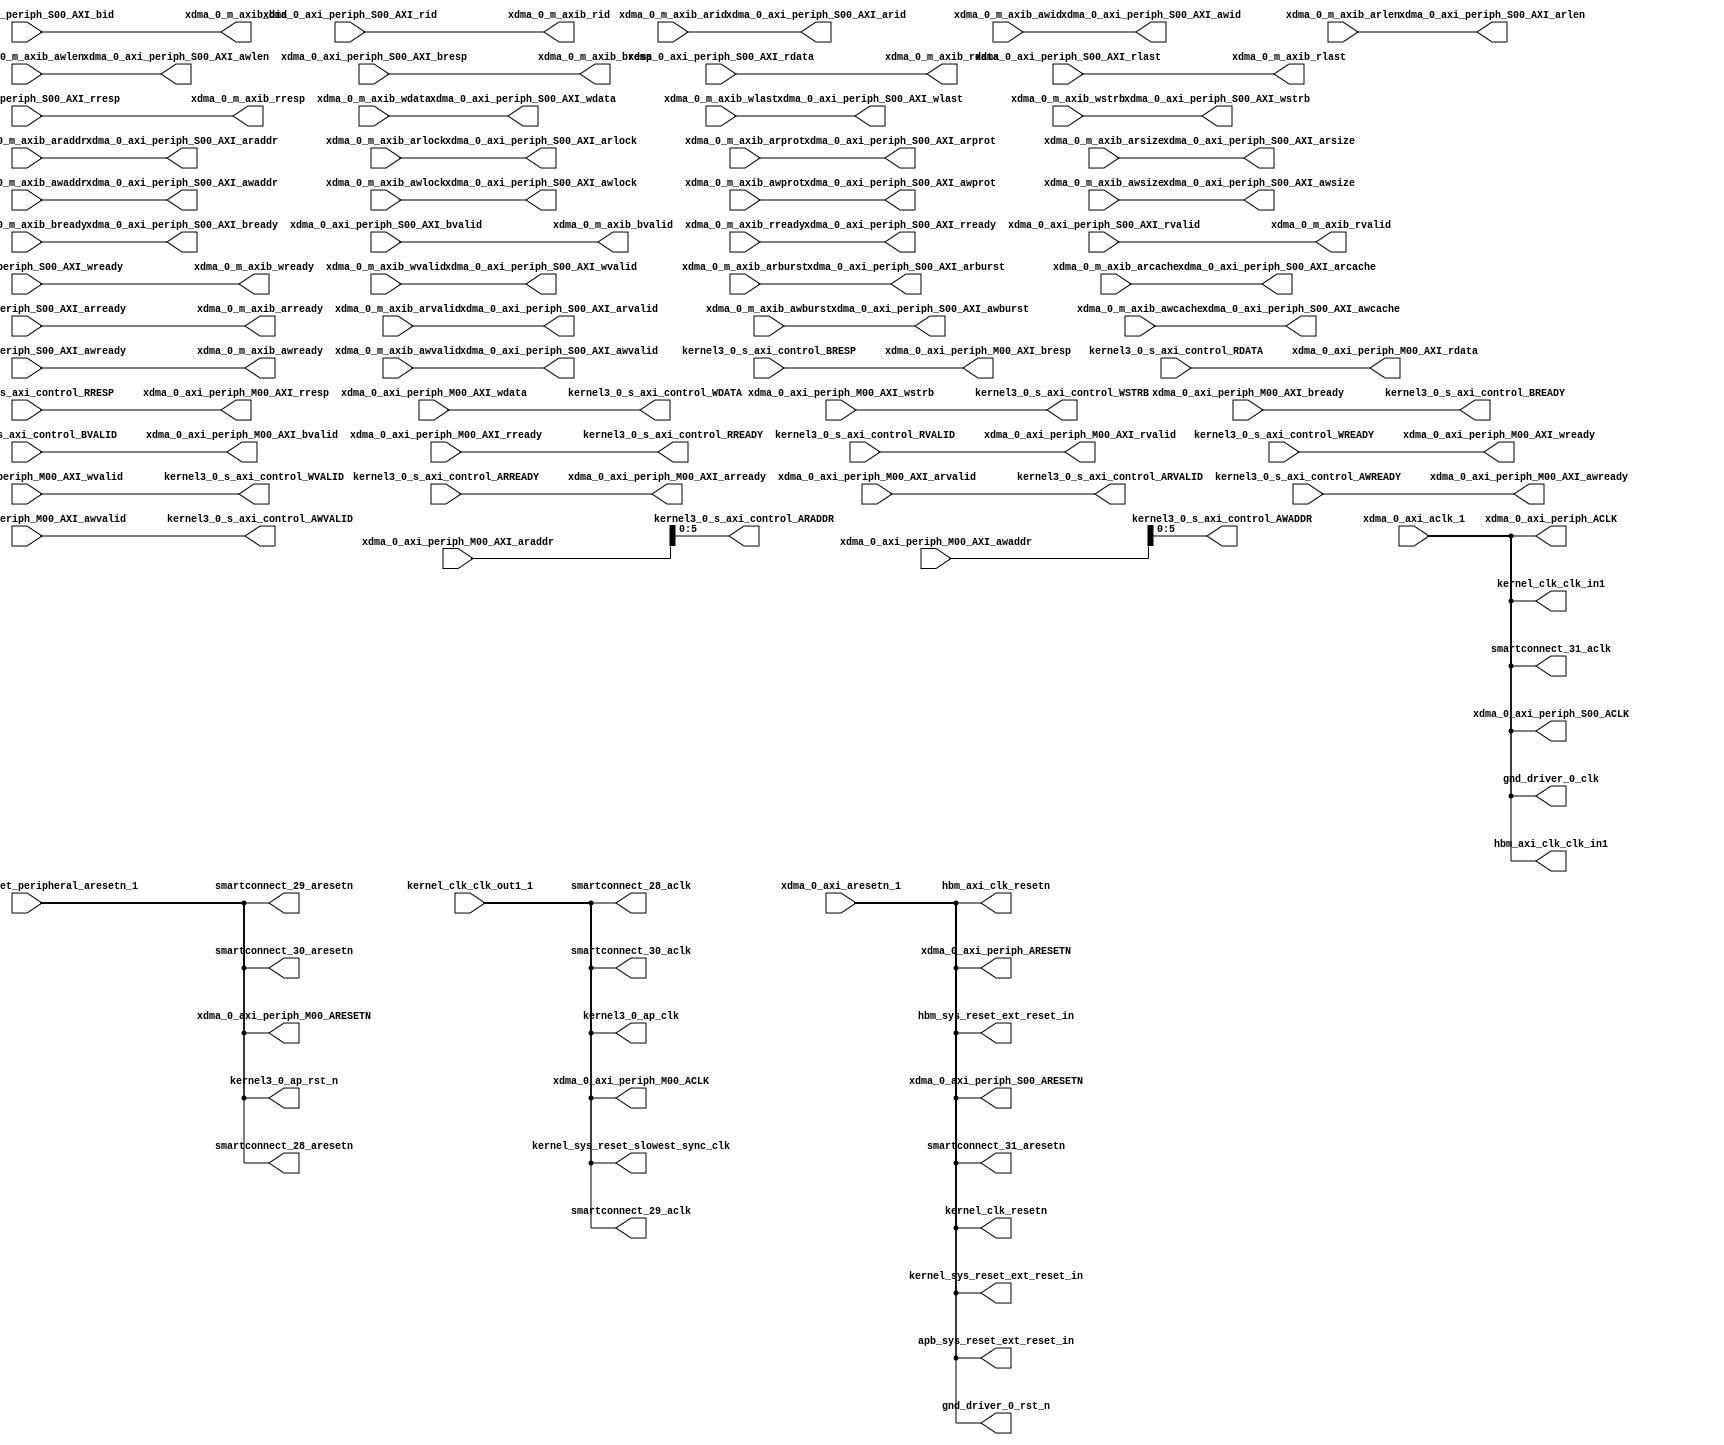
// ==================================================
// RTL generated by RapidStream
//
// Copyright 2024 RapidStream Design Automation, Inc.
// All Rights Reserved.
// ==================================================
`timescale 1 ns / 1 ps
module __rs_design_1_aux_split_aux_1 (
    output wire        apb_sys_reset_ext_reset_in,
    output wire        gnd_driver_0_clk,
    output wire        gnd_driver_0_rst_n,
    output wire        hbm_axi_clk_clk_in1,
    output wire        hbm_axi_clk_resetn,
    output wire        hbm_sys_reset_ext_reset_in,
    output wire        kernel3_0_ap_clk,
    output wire        kernel3_0_ap_rst_n,
    output wire [ 5:0] kernel3_0_s_axi_control_ARADDR,
    input wire         kernel3_0_s_axi_control_ARREADY,
    output wire        kernel3_0_s_axi_control_ARVALID,
    output wire [ 5:0] kernel3_0_s_axi_control_AWADDR,
    input wire         kernel3_0_s_axi_control_AWREADY,
    output wire        kernel3_0_s_axi_control_AWVALID,
    output wire        kernel3_0_s_axi_control_BREADY,
    input wire  [ 1:0] kernel3_0_s_axi_control_BRESP,
    input wire         kernel3_0_s_axi_control_BVALID,
    input wire  [31:0] kernel3_0_s_axi_control_RDATA,
    output wire        kernel3_0_s_axi_control_RREADY,
    input wire  [ 1:0] kernel3_0_s_axi_control_RRESP,
    input wire         kernel3_0_s_axi_control_RVALID,
    output wire [31:0] kernel3_0_s_axi_control_WDATA,
    input wire         kernel3_0_s_axi_control_WREADY,
    output wire [ 3:0] kernel3_0_s_axi_control_WSTRB,
    output wire        kernel3_0_s_axi_control_WVALID,
    output wire        kernel_clk_clk_in1,
    input wire         kernel_clk_clk_out1_1,
    output wire        kernel_clk_resetn,
    output wire        kernel_sys_reset_ext_reset_in,
    input wire  [ 0:0] kernel_sys_reset_peripheral_aresetn_1,
    output wire        kernel_sys_reset_slowest_sync_clk,
    output wire        smartconnect_28_aclk,
    output wire        smartconnect_28_aresetn,
    output wire        smartconnect_29_aclk,
    output wire        smartconnect_29_aresetn,
    output wire        smartconnect_30_aclk,
    output wire        smartconnect_30_aresetn,
    output wire        smartconnect_31_aclk,
    output wire        smartconnect_31_aresetn,
    input wire         xdma_0_axi_aclk_1,
    input wire         xdma_0_axi_aresetn_1,
    output wire        xdma_0_axi_periph_ACLK,
    output wire        xdma_0_axi_periph_ARESETN,
    output wire        xdma_0_axi_periph_M00_ACLK,
    output wire        xdma_0_axi_periph_M00_ARESETN,
    input wire  [63:0] xdma_0_axi_periph_M00_AXI_araddr,
    output wire        xdma_0_axi_periph_M00_AXI_arready,
    input wire         xdma_0_axi_periph_M00_AXI_arvalid,
    input wire  [63:0] xdma_0_axi_periph_M00_AXI_awaddr,
    output wire        xdma_0_axi_periph_M00_AXI_awready,
    input wire         xdma_0_axi_periph_M00_AXI_awvalid,
    input wire         xdma_0_axi_periph_M00_AXI_bready,
    output wire [ 1:0] xdma_0_axi_periph_M00_AXI_bresp,
    output wire        xdma_0_axi_periph_M00_AXI_bvalid,
    output wire [31:0] xdma_0_axi_periph_M00_AXI_rdata,
    input wire         xdma_0_axi_periph_M00_AXI_rready,
    output wire [ 1:0] xdma_0_axi_periph_M00_AXI_rresp,
    output wire        xdma_0_axi_periph_M00_AXI_rvalid,
    input wire  [31:0] xdma_0_axi_periph_M00_AXI_wdata,
    output wire        xdma_0_axi_periph_M00_AXI_wready,
    input wire  [ 3:0] xdma_0_axi_periph_M00_AXI_wstrb,
    input wire         xdma_0_axi_periph_M00_AXI_wvalid,
    output wire        xdma_0_axi_periph_S00_ACLK,
    output wire        xdma_0_axi_periph_S00_ARESETN,
    output wire [63:0] xdma_0_axi_periph_S00_AXI_araddr,
    output wire [ 1:0] xdma_0_axi_periph_S00_AXI_arburst,
    output wire [ 3:0] xdma_0_axi_periph_S00_AXI_arcache,
    output wire [ 3:0] xdma_0_axi_periph_S00_AXI_arid,
    output wire [ 7:0] xdma_0_axi_periph_S00_AXI_arlen,
    output wire [ 0:0] xdma_0_axi_periph_S00_AXI_arlock,
    output wire [ 2:0] xdma_0_axi_periph_S00_AXI_arprot,
    input wire         xdma_0_axi_periph_S00_AXI_arready,
    output wire [ 2:0] xdma_0_axi_periph_S00_AXI_arsize,
    output wire        xdma_0_axi_periph_S00_AXI_arvalid,
    output wire [63:0] xdma_0_axi_periph_S00_AXI_awaddr,
    output wire [ 1:0] xdma_0_axi_periph_S00_AXI_awburst,
    output wire [ 3:0] xdma_0_axi_periph_S00_AXI_awcache,
    output wire [ 3:0] xdma_0_axi_periph_S00_AXI_awid,
    output wire [ 7:0] xdma_0_axi_periph_S00_AXI_awlen,
    output wire [ 0:0] xdma_0_axi_periph_S00_AXI_awlock,
    output wire [ 2:0] xdma_0_axi_periph_S00_AXI_awprot,
    input wire         xdma_0_axi_periph_S00_AXI_awready,
    output wire [ 2:0] xdma_0_axi_periph_S00_AXI_awsize,
    output wire        xdma_0_axi_periph_S00_AXI_awvalid,
    input wire  [ 3:0] xdma_0_axi_periph_S00_AXI_bid,
    output wire        xdma_0_axi_periph_S00_AXI_bready,
    input wire  [ 1:0] xdma_0_axi_periph_S00_AXI_bresp,
    input wire         xdma_0_axi_periph_S00_AXI_bvalid,
    input wire  [63:0] xdma_0_axi_periph_S00_AXI_rdata,
    input wire  [ 3:0] xdma_0_axi_periph_S00_AXI_rid,
    input wire         xdma_0_axi_periph_S00_AXI_rlast,
    output wire        xdma_0_axi_periph_S00_AXI_rready,
    input wire  [ 1:0] xdma_0_axi_periph_S00_AXI_rresp,
    input wire         xdma_0_axi_periph_S00_AXI_rvalid,
    output wire [63:0] xdma_0_axi_periph_S00_AXI_wdata,
    output wire        xdma_0_axi_periph_S00_AXI_wlast,
    input wire         xdma_0_axi_periph_S00_AXI_wready,
    output wire [ 7:0] xdma_0_axi_periph_S00_AXI_wstrb,
    output wire        xdma_0_axi_periph_S00_AXI_wvalid,
    input wire  [63:0] xdma_0_m_axib_araddr,
    input wire  [ 1:0] xdma_0_m_axib_arburst,
    input wire  [ 3:0] xdma_0_m_axib_arcache,
    input wire  [ 3:0] xdma_0_m_axib_arid,
    input wire  [ 7:0] xdma_0_m_axib_arlen,
    input wire         xdma_0_m_axib_arlock,
    input wire  [ 2:0] xdma_0_m_axib_arprot,
    output wire        xdma_0_m_axib_arready,
    input wire  [ 2:0] xdma_0_m_axib_arsize,
    input wire         xdma_0_m_axib_arvalid,
    input wire  [63:0] xdma_0_m_axib_awaddr,
    input wire  [ 1:0] xdma_0_m_axib_awburst,
    input wire  [ 3:0] xdma_0_m_axib_awcache,
    input wire  [ 3:0] xdma_0_m_axib_awid,
    input wire  [ 7:0] xdma_0_m_axib_awlen,
    input wire         xdma_0_m_axib_awlock,
    input wire  [ 2:0] xdma_0_m_axib_awprot,
    output wire        xdma_0_m_axib_awready,
    input wire  [ 2:0] xdma_0_m_axib_awsize,
    input wire         xdma_0_m_axib_awvalid,
    output wire [ 3:0] xdma_0_m_axib_bid,
    input wire         xdma_0_m_axib_bready,
    output wire [ 1:0] xdma_0_m_axib_bresp,
    output wire        xdma_0_m_axib_bvalid,
    output wire [63:0] xdma_0_m_axib_rdata,
    output wire [ 3:0] xdma_0_m_axib_rid,
    output wire        xdma_0_m_axib_rlast,
    input wire         xdma_0_m_axib_rready,
    output wire [ 1:0] xdma_0_m_axib_rresp,
    output wire        xdma_0_m_axib_rvalid,
    input wire  [63:0] xdma_0_m_axib_wdata,
    input wire         xdma_0_m_axib_wlast,
    output wire        xdma_0_m_axib_wready,
    input wire  [ 7:0] xdma_0_m_axib_wstrb,
    input wire         xdma_0_m_axib_wvalid
);
assign apb_sys_reset_ext_reset_in = xdma_0_axi_aresetn_1;
assign gnd_driver_0_clk = xdma_0_axi_aclk_1;
assign gnd_driver_0_rst_n = xdma_0_axi_aresetn_1;
assign hbm_axi_clk_clk_in1 = xdma_0_axi_aclk_1;
assign hbm_axi_clk_resetn = xdma_0_axi_aresetn_1;
assign hbm_sys_reset_ext_reset_in = xdma_0_axi_aresetn_1;
assign kernel3_0_ap_clk = kernel_clk_clk_out1_1;
assign kernel3_0_ap_rst_n = kernel_sys_reset_peripheral_aresetn_1;
assign kernel3_0_s_axi_control_ARADDR = xdma_0_axi_periph_M00_AXI_araddr;
assign kernel3_0_s_axi_control_ARVALID = xdma_0_axi_periph_M00_AXI_arvalid;
assign kernel3_0_s_axi_control_AWADDR = xdma_0_axi_periph_M00_AXI_awaddr;
assign kernel3_0_s_axi_control_AWVALID = xdma_0_axi_periph_M00_AXI_awvalid;
assign kernel3_0_s_axi_control_BREADY = xdma_0_axi_periph_M00_AXI_bready;
assign kernel3_0_s_axi_control_RREADY = xdma_0_axi_periph_M00_AXI_rready;
assign kernel3_0_s_axi_control_WDATA = xdma_0_axi_periph_M00_AXI_wdata;
assign kernel3_0_s_axi_control_WSTRB = xdma_0_axi_periph_M00_AXI_wstrb;
assign kernel3_0_s_axi_control_WVALID = xdma_0_axi_periph_M00_AXI_wvalid;
assign kernel_clk_clk_in1 = xdma_0_axi_aclk_1;
assign kernel_clk_resetn = xdma_0_axi_aresetn_1;
assign kernel_sys_reset_ext_reset_in = xdma_0_axi_aresetn_1;
assign kernel_sys_reset_slowest_sync_clk = kernel_clk_clk_out1_1;
assign smartconnect_28_aclk = kernel_clk_clk_out1_1;
assign smartconnect_28_aresetn = kernel_sys_reset_peripheral_aresetn_1;
assign smartconnect_29_aclk = kernel_clk_clk_out1_1;
assign smartconnect_29_aresetn = kernel_sys_reset_peripheral_aresetn_1;
assign smartconnect_30_aclk = kernel_clk_clk_out1_1;
assign smartconnect_30_aresetn = kernel_sys_reset_peripheral_aresetn_1;
assign smartconnect_31_aclk = xdma_0_axi_aclk_1;
assign smartconnect_31_aresetn = xdma_0_axi_aresetn_1;
assign xdma_0_axi_periph_ACLK = xdma_0_axi_aclk_1;
assign xdma_0_axi_periph_ARESETN = xdma_0_axi_aresetn_1;
assign xdma_0_axi_periph_M00_ACLK = kernel_clk_clk_out1_1;
assign xdma_0_axi_periph_M00_ARESETN = kernel_sys_reset_peripheral_aresetn_1;
assign xdma_0_axi_periph_M00_AXI_arready = kernel3_0_s_axi_control_ARREADY;
assign xdma_0_axi_periph_M00_AXI_awready = kernel3_0_s_axi_control_AWREADY;
assign xdma_0_axi_periph_M00_AXI_bresp = kernel3_0_s_axi_control_BRESP;
assign xdma_0_axi_periph_M00_AXI_bvalid = kernel3_0_s_axi_control_BVALID;
assign xdma_0_axi_periph_M00_AXI_rdata = kernel3_0_s_axi_control_RDATA;
assign xdma_0_axi_periph_M00_AXI_rresp = kernel3_0_s_axi_control_RRESP;
assign xdma_0_axi_periph_M00_AXI_rvalid = kernel3_0_s_axi_control_RVALID;
assign xdma_0_axi_periph_M00_AXI_wready = kernel3_0_s_axi_control_WREADY;
assign xdma_0_axi_periph_S00_ACLK = xdma_0_axi_aclk_1;
assign xdma_0_axi_periph_S00_ARESETN = xdma_0_axi_aresetn_1;
assign xdma_0_axi_periph_S00_AXI_araddr = xdma_0_m_axib_araddr;
assign xdma_0_axi_periph_S00_AXI_arburst = xdma_0_m_axib_arburst;
assign xdma_0_axi_periph_S00_AXI_arcache = xdma_0_m_axib_arcache;
assign xdma_0_axi_periph_S00_AXI_arid = xdma_0_m_axib_arid;
assign xdma_0_axi_periph_S00_AXI_arlen = xdma_0_m_axib_arlen;
assign xdma_0_axi_periph_S00_AXI_arlock = xdma_0_m_axib_arlock;
assign xdma_0_axi_periph_S00_AXI_arprot = xdma_0_m_axib_arprot;
assign xdma_0_axi_periph_S00_AXI_arsize = xdma_0_m_axib_arsize;
assign xdma_0_axi_periph_S00_AXI_arvalid = xdma_0_m_axib_arvalid;
assign xdma_0_axi_periph_S00_AXI_awaddr = xdma_0_m_axib_awaddr;
assign xdma_0_axi_periph_S00_AXI_awburst = xdma_0_m_axib_awburst;
assign xdma_0_axi_periph_S00_AXI_awcache = xdma_0_m_axib_awcache;
assign xdma_0_axi_periph_S00_AXI_awid = xdma_0_m_axib_awid;
assign xdma_0_axi_periph_S00_AXI_awlen = xdma_0_m_axib_awlen;
assign xdma_0_axi_periph_S00_AXI_awlock = xdma_0_m_axib_awlock;
assign xdma_0_axi_periph_S00_AXI_awprot = xdma_0_m_axib_awprot;
assign xdma_0_axi_periph_S00_AXI_awsize = xdma_0_m_axib_awsize;
assign xdma_0_axi_periph_S00_AXI_awvalid = xdma_0_m_axib_awvalid;
assign xdma_0_axi_periph_S00_AXI_bready = xdma_0_m_axib_bready;
assign xdma_0_axi_periph_S00_AXI_rready = xdma_0_m_axib_rready;
assign xdma_0_axi_periph_S00_AXI_wdata = xdma_0_m_axib_wdata;
assign xdma_0_axi_periph_S00_AXI_wlast = xdma_0_m_axib_wlast;
assign xdma_0_axi_periph_S00_AXI_wstrb = xdma_0_m_axib_wstrb;
assign xdma_0_axi_periph_S00_AXI_wvalid = xdma_0_m_axib_wvalid;
assign xdma_0_m_axib_arready = xdma_0_axi_periph_S00_AXI_arready;
assign xdma_0_m_axib_awready = xdma_0_axi_periph_S00_AXI_awready;
assign xdma_0_m_axib_bid = xdma_0_axi_periph_S00_AXI_bid;
assign xdma_0_m_axib_bresp = xdma_0_axi_periph_S00_AXI_bresp;
assign xdma_0_m_axib_bvalid = xdma_0_axi_periph_S00_AXI_bvalid;
assign xdma_0_m_axib_rdata = xdma_0_axi_periph_S00_AXI_rdata;
assign xdma_0_m_axib_rid = xdma_0_axi_periph_S00_AXI_rid;
assign xdma_0_m_axib_rlast = xdma_0_axi_periph_S00_AXI_rlast;
assign xdma_0_m_axib_rresp = xdma_0_axi_periph_S00_AXI_rresp;
assign xdma_0_m_axib_rvalid = xdma_0_axi_periph_S00_AXI_rvalid;
assign xdma_0_m_axib_wready = xdma_0_axi_periph_S00_AXI_wready;
endmodule